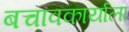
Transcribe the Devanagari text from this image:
बचावकार्याला